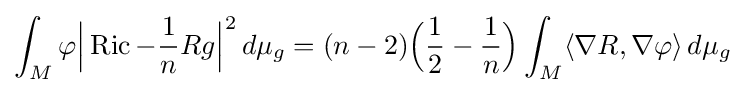
\int _{M}\varphi {\Big |}\operatorname {Ric} -{\frac {1}{n}}Rg{\Big |}^{2}\,d\mu _{g}=(n-2){\Big (}{\frac {1}{2}}-{\frac {1}{n}}{\Big )}\int _{M}\langle \nabla R,\nabla \varphi \rangle \,d\mu _{g}